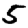
Digit: 5